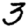
Digit: 3